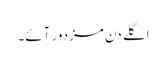
اگلے دن مزدور آئے۔